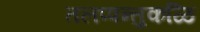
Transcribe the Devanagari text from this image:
तलप्पन्तुकळि